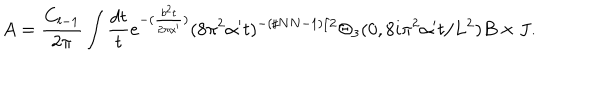
A = \frac { C _ { l - 1 } } { 2 \pi } \int \frac { d t } { t } e ^ { - ( \frac { b ^ { 2 } t } { 2 \pi \alpha ^ { \prime } } ) } ( 8 \pi ^ { 2 } \alpha ^ { \prime } t ) ^ { - ( \sharp N N - 1 ) / 2 } \Theta _ { 3 } ( 0 , 8 i \pi ^ { 2 } \alpha ^ { \prime } t / L ^ { 2 } ) B \times J .